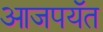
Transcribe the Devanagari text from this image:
आजपयॅत